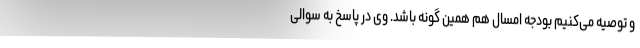
و توصیه می‌کنیم بودجه امسال هم همین گونه باشد. وی در پاسخ به سوالی